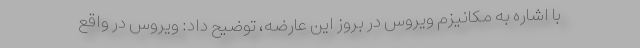
با اشاره به مکانیزم ویروس در بروز این عارضه، توضیح داد: ویروس در واقع